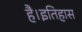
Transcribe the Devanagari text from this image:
है।इतिहास